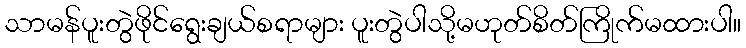
သာမန်ပူးတွဲဖိုင်ရွေးချယ်စရာများ ပူးတွဲပါသို့မဟုတ်စိတ်ကြိုက်မထားပါ။